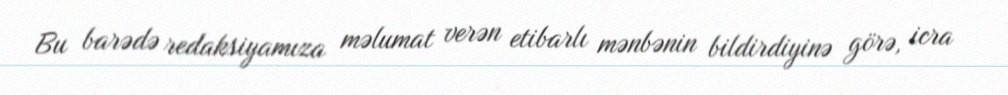
Bu barədə redaksiyamıza məlumat verən etibarlı mənbənin bildirdiyinə görə, icra